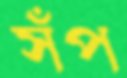
সঁপ